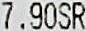
7.90SR